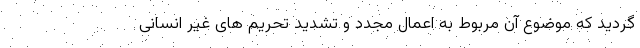
گردید که موضوع آن مربوط به اعمال مجدد و تشدید تحریم های غیر انسانی